Calcutta medical institutions reports 1879-81 [i.e.91]
Year: 1879
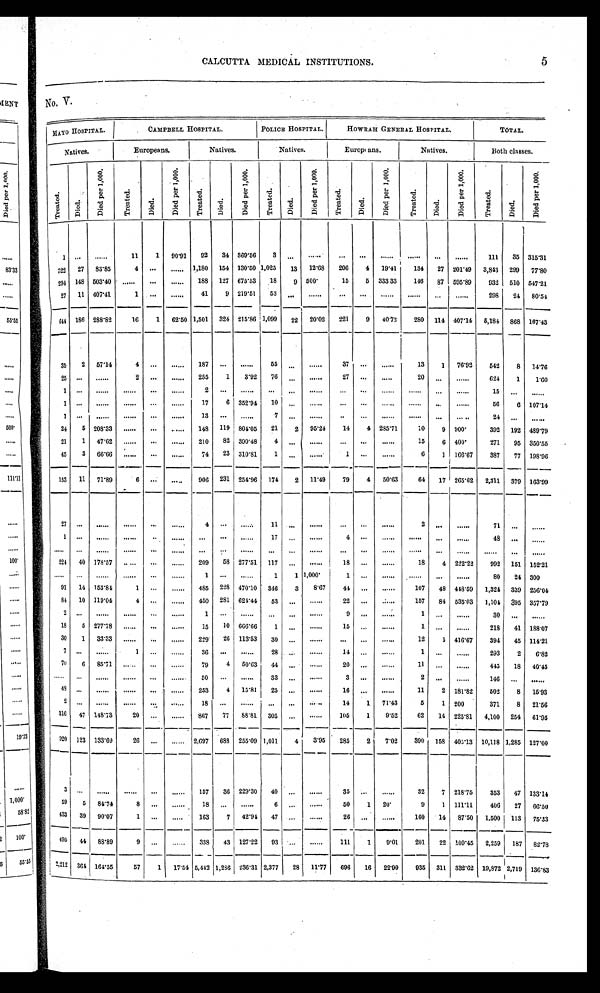
CALCUTTA MEDICAL INSTITUTIONS.
5
No. V.
MAYO HOSPITAL.
CAMPBELL HOSPITAL.
POLICE HOSPITAL.
HOWRAH GENERAL HOSPITAL.
T O T A L .
Natives.
Europeans.
Natives.
N a t i v e s .
E u r o p e a n s .
Natives.
Bot h cl asses.
T r e a t e d .
D i e d .
D i e d p e r 1 , 0 0 0
T r e a t e d .
Di e d.
D i e d p e r 1 , 0 0 0
T r e a t e d .
D i e d .
D i e d p e r 1 , 0 0 0 .
T r e a t e d .
Di ed.
D i e d p e r 1 , 0 0 0
T r e a t e d .
Di e d .
D i e d p e r 1 , 0 0 0
. T r e a t e d .
Di e d .
D i e d p e r 1 , 0 0 0 .
T r e a t e d .
D i e d .
D i e d p e r 1 , 0 0 0 .
1 . . .
. . .
1 1
1
9 0 . 9 1
9 2
3 4
3 6 9 . 5 6
3 . . .
. . .
. . .
. . .
. . .
. . .
. . .
. . .
1 1 1
3 5
3 1 5 . 3 1
3 2 2
2 7
8 3 . 8 5
4 . . .
. . .
1 , 1 8 0
1 5 4
1 3 0 . 5 0
1 , 0 2 5
1 3
1 2 . 6 8
2 0 6
4
1 9 . 4 1
1 3 4
2 7
2 0 1 . 4 9
3 , 8 4 3
2 9 9
7 7 . 8 0
2 9 4
1 4 8
5 0 3 . 4 0
. . . . . .
. . .
1 8 8
1 2 7
6 7 5 . 5 3
1 8
9
5 0 0
1 5
5
3 3 3 . 3 3
1 4 6
8 7
5 9 5 . 8 9
9 3 2
5 1 0
5 4 7 . 2 1
2 7
1 1
4 0 7 . 4 1
1
. . .
. . .
4 1
9
2 1 9 . 5 1
5 3 . . .
. . .
. . .
. . .
. . .
. . .
. . .
. . .
2 9 8
2 4
8 0 . 5 4
6 4 4
1 8 6
2 8 8 . 8 2
1 6
1
6 2 . 5 0
1 , 5 0 1
3 2 4
2 1 5 . 8 6
1 , 0 9 9
2 2
2 0 . 0 2
2 2 1
9
4 0 . 7 2
2 8 0
1 1 4
4 0 7 . 1 4
5 , 1 8 4
8 6 8
1 6 7 . 4 3
3 5
2
5 7 . 1 4
4
. . .
. . .
1 8 7
. . .
. . .
5 5
. . .
. . .
3 7 . . .
. . .
1 3
1
7 6 . 9 2
5 4 2
8
1 4 . 7 6
2 5
. . .
. . .
2
. . .
. . .
2 5 5
1
3 . 9 2
7 6
. . .
. . .
2 7 . . .
. . .
2 0
. . .
. . .
6 2 4
1
1 . 6 0
1
. . .
. . .
. . .
. . .
. . .
2
. . .
. . .
. . .
. . .
. . .
. . .
. . .
. . .
. . .
. . .
. . .
1 5
. . .
. . .
1
. . .
. . .
. . .
. . .
. . .
1 7
6
3 5 2 . 9 4
1 0
. . .
. . .
. . .
. . .
. . .
. . .
. . .
. . .
5 6
6
1 0 7 . 1 4
1
. . .
. . .
. . .
. . .
. . .
1 3
. . .
. . .
7
. . .
. . .
. . .
. . .
. . .
. . .
. . .
. . .
2 4
. . .
. . .
2 4
5
2 0 8 . 3 3
. . .
. . .
. . .
1 4 8
1 1 9
8 0 4 . 0 5
2 1
2
9 5 . 2 4
1 4
4
2 8 5 . 7 1
1 0
9
9 0 0
3 9 2
1 9 2
4 8 9 . 7 9
2 1
1
4 7 . 6 2
. . .
. . .
. . .
2 1 0
8 2
3 9 0 . 4 8
4
. . .
. . .
. . .
. . .
. . .
1 5
6
4 0 0
2 7 1
9 5
3 5 0 . 5 5
4 5
3
6 6 . 6 6
. . .
. . .
. . .
7 4
2 3
3 1 0 . 8 1
1
. . .
. . .
1
. . .
. . .
6
1
1 6 6 . 6 7
3 8 7
7 7
1 9 8 . 9 6
1 5 3
1 1
7 1 . 8 9
6
. . .
. . .
9 0 6
2 3 1
2 5 4 . 9 6
1 7 4
2
1 1 . 4 9
7 9
4
5 0 . 6 3
6 4
1 7
2 6 5 . 6 2
2 , 3 1 1
3 7 9
1 6 3 . 9 9
2 7
. . .
. . .
. . .
. . .
. . .
4
. . .
. . .
1 1
. . .
. . .
. . .
. . .
. . .
2
. . .
. . .
7 1
. . .
. . .
1
. . .
. . .
. . .
. . .
. . .
. . .
. . .
. . .
1 7
. . .
. . .
4
. . .
. . .
. . .
. . .
. . .
4 8
. . .
. . .
. . .
. . .
. . .
. . .
. . .
. . .
. . .
. . .
. . .
. . .
. . .
. . .
. . .
. . .
. . .
. . .
. . .
. . .
. . .
. . .
. . .
2 2 4
4 0
1 7 8 . 5 7
. . . . . .
. . .
2 0 9
5 8 2 7 7 . 5 1
1 1 7
. . .
. . .
1 8
. . .
. . .
1 8
4
2 2 2 . 2 2
9 9 2
1 5 1
1 5 2 . 2 1
. . .
. . .
. . .
. . .
. . .
. . .
1 . . .
. . .
1
1
1 , 0 0 0
1 . . .
. . .
. . .
. . .
. . .
8 0
2 4
3 0 0
9 1
1 4
1 5 3 . 8 4
1
. . .
. . .
4 8 5
2 2 8
4 7 0 . 1 0
3 4 6
3
8 . 6 7
4 4
. . .
. . .
1 0 7
4 8 4 4 8 . 5 9
1 , 3 2 4
3 3 9
2 5 6 . 0 4
8 4
1 0
1 1 9 . 0 4
4
. . .
. . .
4 5 0
2 8 1
6 2 4 . 4 4
5 3
. . .
. . .
2 2
. . .
. . .
1 5 7
8 4
5 3 5 . 0 3
1 , 1 0 4
3 9 5
3 5 7 . 7 9
2
. . .
. . .
. . .
. . .
. . .
1
. . .
. . .
. . .
. . .
. . .
9
. . .
. . .
1
. . .
. . .
3 0
. . .
. . .
1 8 5
2 7 7 . 7 8
. . .
. . .
. . .
1 5
1 0 6 6 6 . 6 6
1
. . .
. . .
1 5
. . .
. . .
1
. . .
. . .
2 1 8
4 1
1 8 8 . 0 7
3 0 1
3 3 . 3 3
. . .
. . .
. . .
2 2 9
2 6
1 1 3 . 5 3
3 0
. . .
. . .
. . .
. . .
. . .
1 2 5
4 1 6 . 6 7
3 9 4
4 5
1 1 4 . 2 1
7
. . .
. . .
1
. . .
. . .
3 6
. . .
. . .
2 8
. . .
. . .
1 4
. . .
. . .
1
. . .
. . .
2 9 3
2
6 . 8 2
7 0 6
8 5 . 7 1
. . .
. . .
. . .
7 9
4
5 0 . 6 3
4 4
. . .
. . .
2 0
. . .
. . .
1 1
. . .
. . .
4 4 5
1 8
4 0 . 4 5
. . .
. . .
. . .
. . .
. . .
. . .
5 0
. . .
. . .
3 3
. . .
. . .
3
. . .
. . .
2
. . .
. . .
1 4 6
. . .
. . .
4 8
. . .
. . .
. . .
. . .
. . .
2 5 3
4
1 5 . 8 1
2 5 . . .
. . .
1 6
. . .
. . .
1 1 2
1 8 1 . 8 2
5 0 2
8
1 5 . 9 3
2
. . .
. . .
. . .
. . .
. . .
1 8 . . .
. . .
. . .
. . .
. . .
1 4 1
7 1 . 4 3
5 1
2 0 0
3 7 1
8
2 1 . 5 6
3 1 6
4 7
1 4 8 . 7 3
2 0
. . .
. . .
8 6 7
7 7
8 8 . 8 1
3 0 5
. . .
. . .
1 0 5 1
9 . 5 2
6 2
1 4
2 2 5 . 8 1
4 , 1 0 0
2 5 4
6 1 . 9 5
9 2 0
1 2 3
1 3 3 . 6 9
2 6
. . .
. . .
2 , 6 9 7
6 8 8 2 5 5 . 0 9
1 , 0 1 1
4
3 . 9 5
2 8 5 2
7 . 0 2
3 9 0
1 5 8
4 0 5 . 1 3
1 0 , 1 1 8
1 , 2 8 5
1 2 7 . 0 0
3
. . .
. . .
. . .
. . .
. . .
1 5 7
3 6
2 2 9 . 3 0
4 0
. . .
. . .
3 5
. . .
. . .
3 2
7
2 1 8 . 7 5
3 5 3
4 7
1 3 3 . 1 4
5 9 5
8 4 . 7 4
8
. . .
. . . 1 8
. . .
. . .
6
. . .
. . .
5 0 1
2 0
9 1
1 1 1 . 1 1
4 0 6 2 7
6 6 . 5 0
4 3 3
3 9
9 0 . 0 7
1
. . .
. . .
1 6 3
7
4 2 . 9 4
4 7
. . .
. . .
2 6
. . .
. . .
1 6 0
1 4
8 7 . 5 0
1 , 5 0 0
1 1 3
7 5 . 3 3
4 9 5
4 4
8 8 . 8 9
9
. . .
. . . 3 3 8 4 3
1 2 7 . 2 2
9 3
. . .
. . .
1 1 1
1
9 . 0 1
2 0 1
2 2
1 0 9 . 4 5
2 , 2 5 9
1 8 7
8 2 . 7 8
2 , 2 1 2 3 6 4
1 6 4 . 5 5
5 7 1
1 7 . 5 4
5 , 4 4 2
1 , 2 8 6 2 3 6 . 3 1
2 , 3 7 7
2 8
1 1 . 7 7
6 9 6 1 6
2 2 . 9 9
9 3 5 3 1 1
3 3 2 . 6 2
1 9 , 8 7 2
2 , 7 1 9
1 3 6 . 8 3